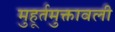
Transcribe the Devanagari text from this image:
मुहूर्तमुक्तावली